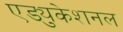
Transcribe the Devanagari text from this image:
एड्युकेशनल